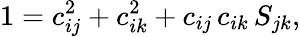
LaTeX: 1=c_{ij}^{2}+c_{ik}^{2}+c_{ij}\, c_{ik}\, S_{jk},